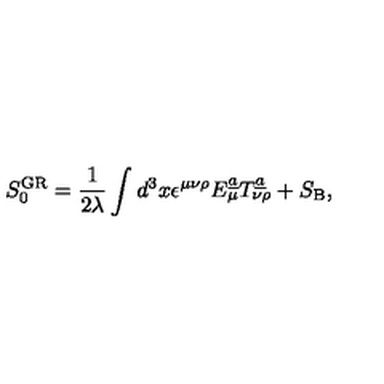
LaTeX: S _ { 0 } ^ { \mathrm { G R } } = { \frac { 1 } { 2 \lambda } } \int d ^ { 3 } x \epsilon ^ { \mu \nu \rho } E _ { \mu } ^ { \underline { { a } } } T _ { \nu \rho } ^ { \underline { { { a } } } } + S _ { \mathrm { B } } ,